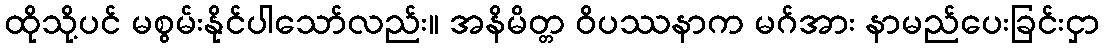
ထိုသို့ပင် မစွမ်းနိုင်ပါသော်လည်း။ အနိမိတ္တ ဝိပဿနာက မဂ်အား နာမည်ပေးခြင်းငှာ